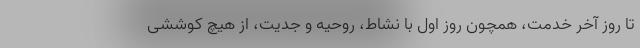
تا روز آخر خدمت، همچون روز اول با نشاط، روحیه و جدیت، از هیچ کوششی